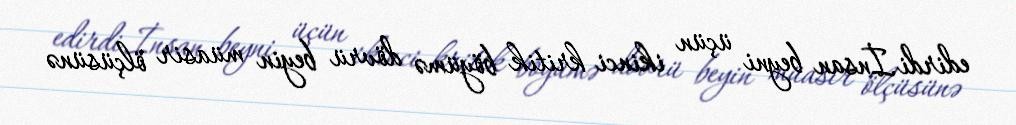
edirdi.İnsan beyni üçün ikinci kritik böyümə dövrü beyin müasir ölçüsünə